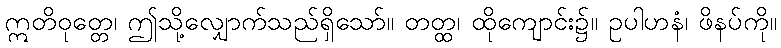
ဣတိဝုတ္တေ၊ ဤသို့လျှောက်သည်ရှိသော်။ တတ္ထ၊ ထိုကျောင်း၌။ ဥပါဟနံ၊ ဖိနပ်ကို။